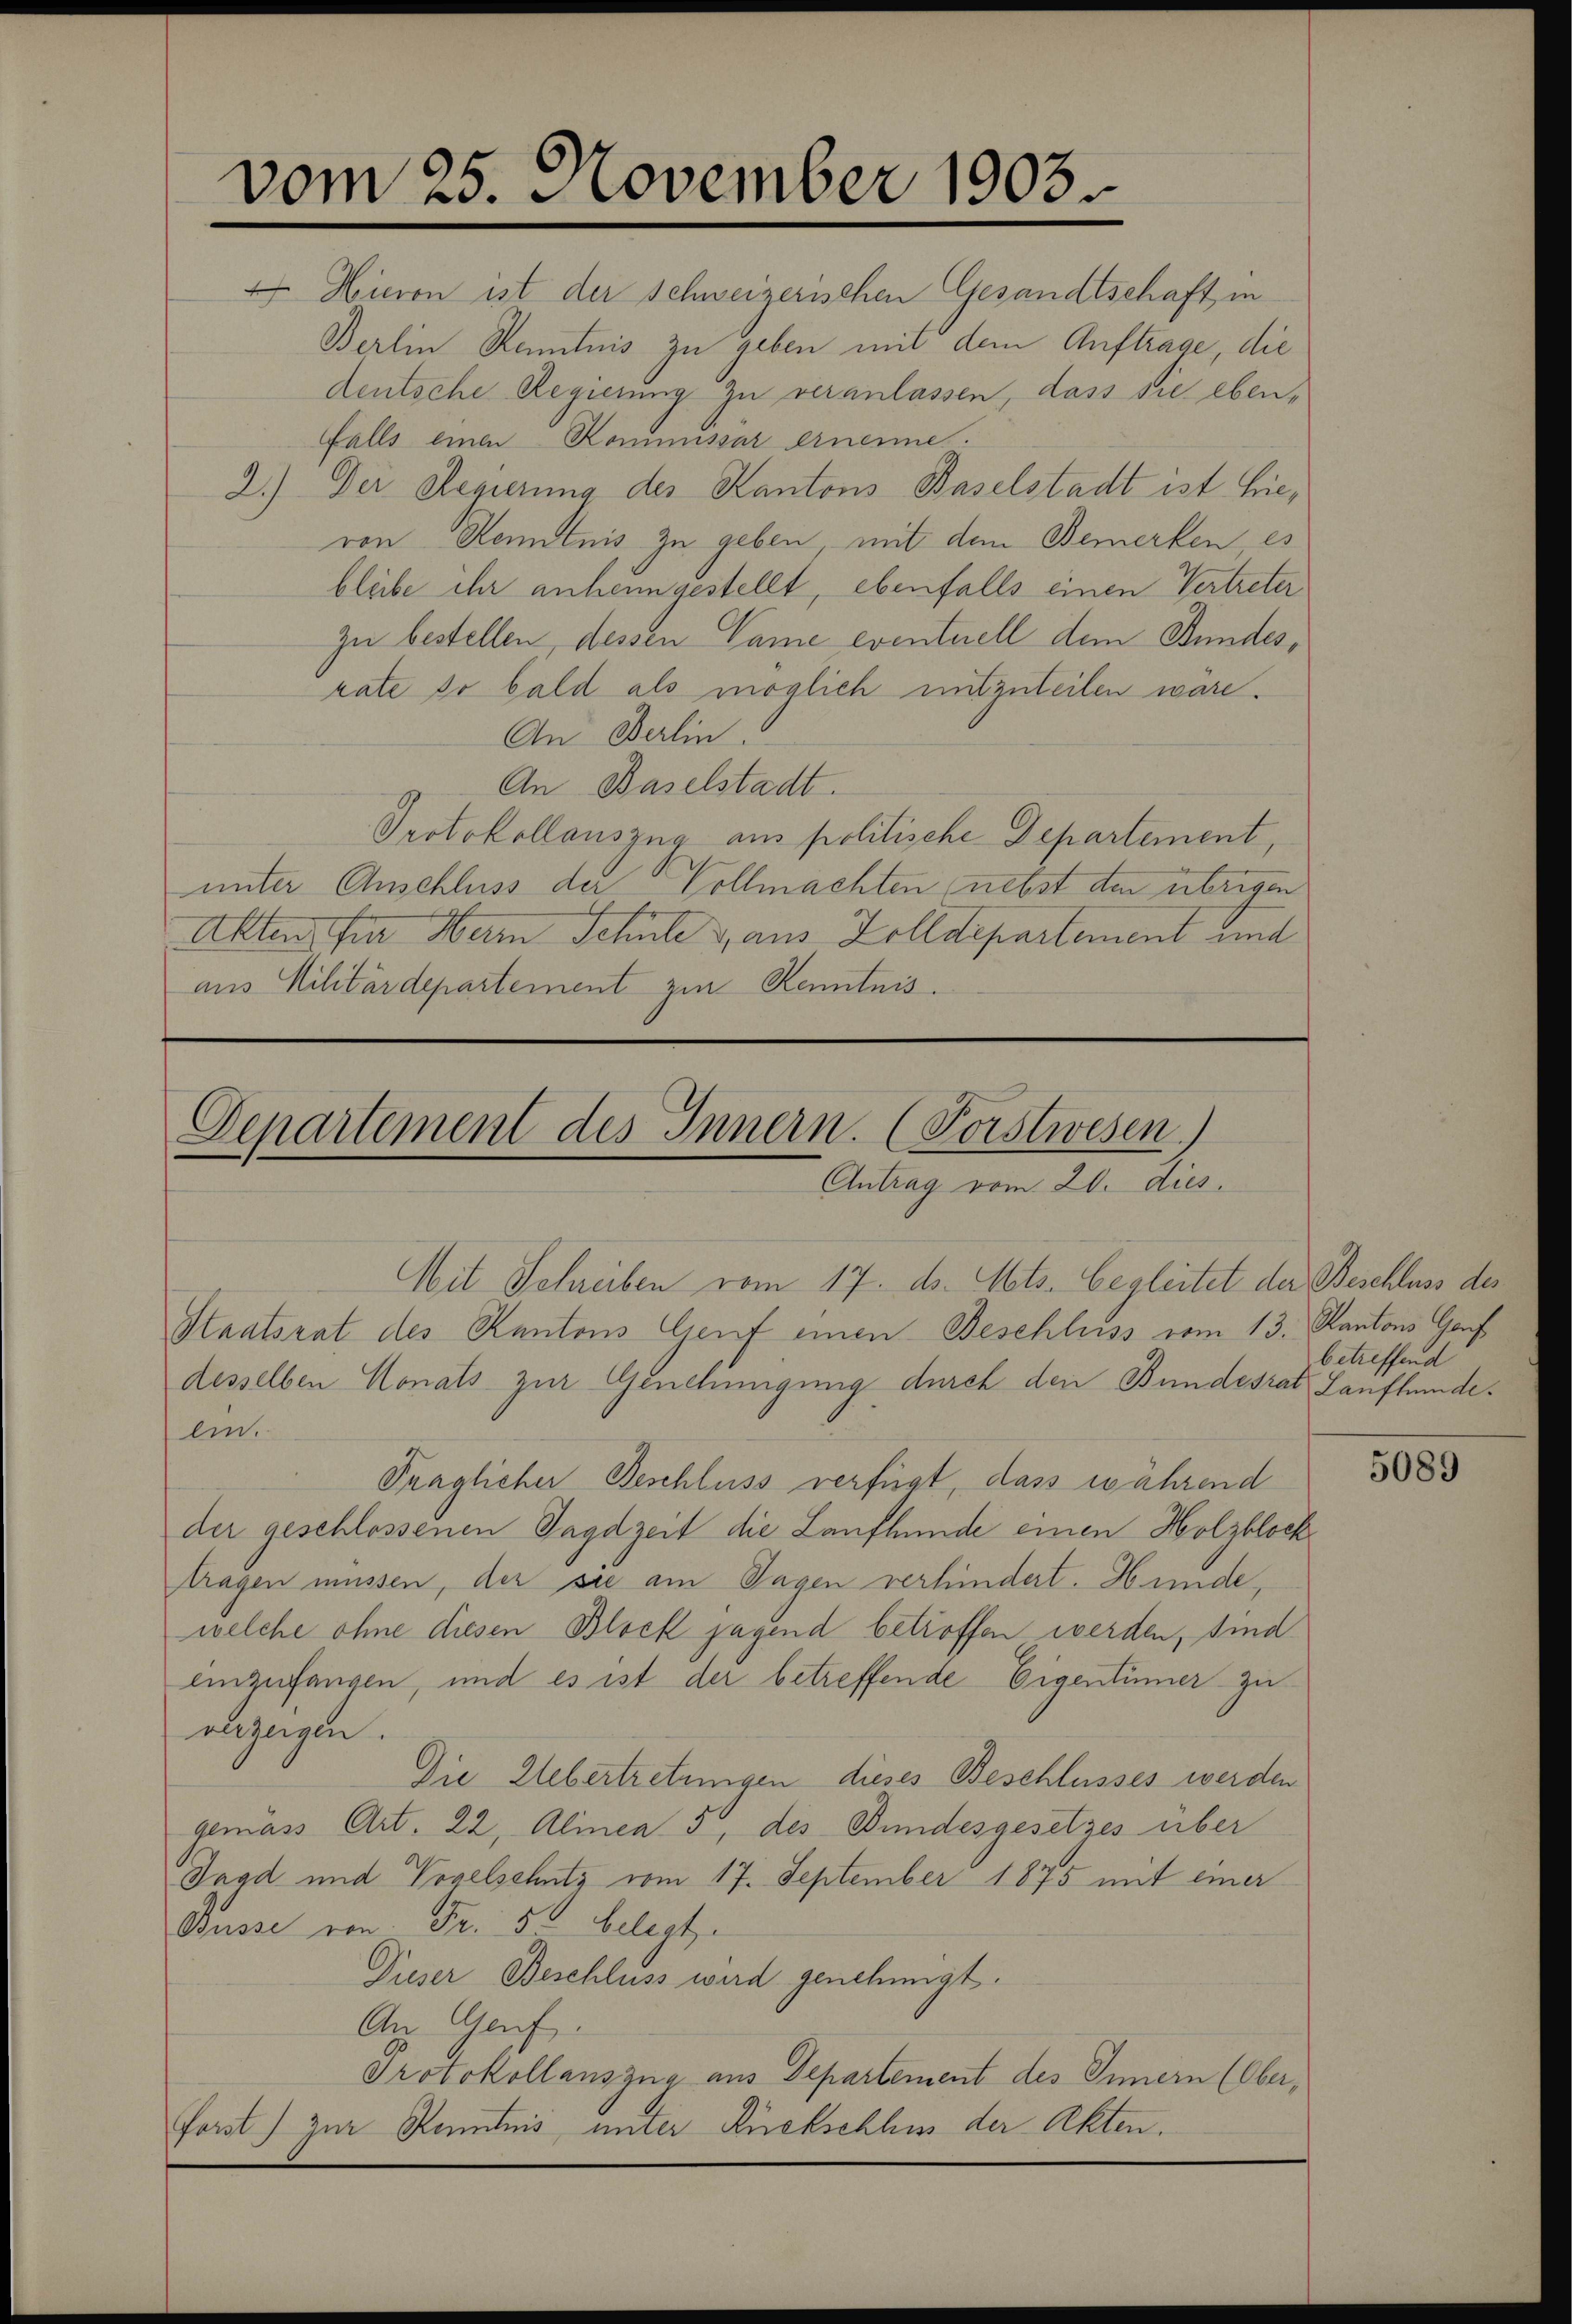
vom 25. November 1903

Hievon ist der Schweizerischen Gesandtschaft in
Berlin Kenntnis zu geben mit dem Auftrage, die
deutsche Regierung zu veranlassen, dass sie eben-
falls einen Kommissär ernenne.
2.) Der Regierung der Kantons Baselstadt ist hieron Kenntnis zu geben, mit dem Bemerken, es
bleibe ihr anheimgestellt, ebenfalls einen Vertreter
zu bestellen, dessen Name eventuell dem Stundesrate so bald als möglich mitzuteilen wäre.
An Berlin.
An Baselstadt.
Protokollauszug aus politische Departement,
unter Anschluss der Vollmachten nebst den übrigen
Akten für Herr Schule & aus Zolldepartement amt
aus Militärdepartement zur Kenntnis.

Departement des Innern. (Forstwesen.)
Antrag vom 20. dies.
Mit Schreiben vom 17. ds. Mts. begleitet der Beschluss der

Staatsrat des Kantons Genf einen Beschluss vom 13. Kantons Gef
desselben Monats zur Genehmigung durch den Bundesrat Laufhundean.
Traglicher Beschluss verfügt, dass während
der geschlossenen Jagdzeit die Laufhunde einen Holzblock
tragen müssen, der sie am Tagen verhindert. Hunde,
welche ohne diesen Block jagend betroffen werden, sind
einzufangen, und es ist der betreffende Eigentümer zu
verzeigen.
Die Uebertretungen dieses Beschlusses werden
gemäss Art. 22, Alinea 5, des Bundesgesetzes über
Tagd und Vogelschutz vom 17. September 1875 mit einer
Dusse von Fr. 5. belegt.
Dieser Beschluss wird genehmigt.
An Genf.
Protokollauszug aus Departement des Innern (Ober¬
Forst) zur Kenntnis unter Rückschluss der Akten.

betreffend

5089